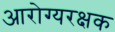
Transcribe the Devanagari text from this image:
आरोग्यरक्षक